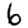
Digit: 6